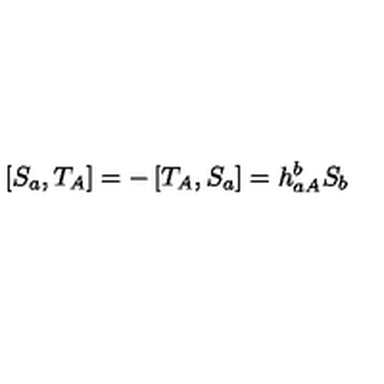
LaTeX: \left[ S _ { a } , T _ { A } \right] = - \left[ T _ { A } , S _ { a } \right] = h _ { a A } ^ { b } S _ { b }